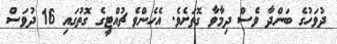
ދުވަހުގެ ބަންދާ ވެސް ދިމާވާ ގޮތަށެވެ. އެހެންވެ ޗުއްޓީގެ ގޮތުގައި 16 ދުވަސް